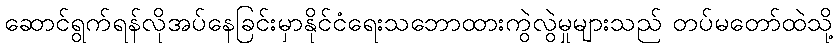
ဆောင်ရွက်ရန်လိုအပ်နေခြင်းမှာနိုင်ငံရေးသဘောထားကွဲလွဲမှုများသည် တပ်မတော်ထဲသို့